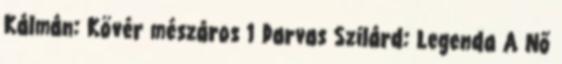
Kálmán: Kövér mészáros 1 Darvas Szilárd: Legenda A Nő